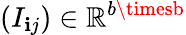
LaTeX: (I_{\mathbf{i}j})\in\mathbb{{R}}^{b\timesb}